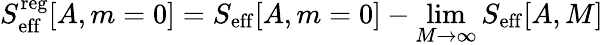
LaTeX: S_{\mathrm{eff}}^{\mathrm{reg}}[A,m=0]=S_{\mathrm{eff}}[A,m=0]-\operatorname*{lim}_{M\to\infty}S_{\mathrm{eff}}[A,M]